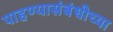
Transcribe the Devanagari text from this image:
पाहण्यासंबंधीच्या